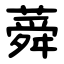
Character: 蕣